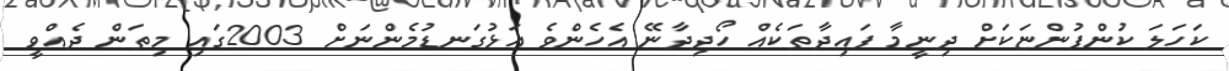
ކަހަލަ ކުންފުންޏަކަށް ދިނީމާ ފައިދާތަކެއް ހޯދިދާނޭ އެހެންވެ އަޅުގަނޑުމެންނަށް 2003ގައި މިތަން ދެއްވީ